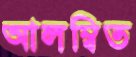
আলম্বিত